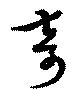
奇